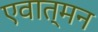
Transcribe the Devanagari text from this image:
एवात्मन